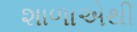
શાળાએથી